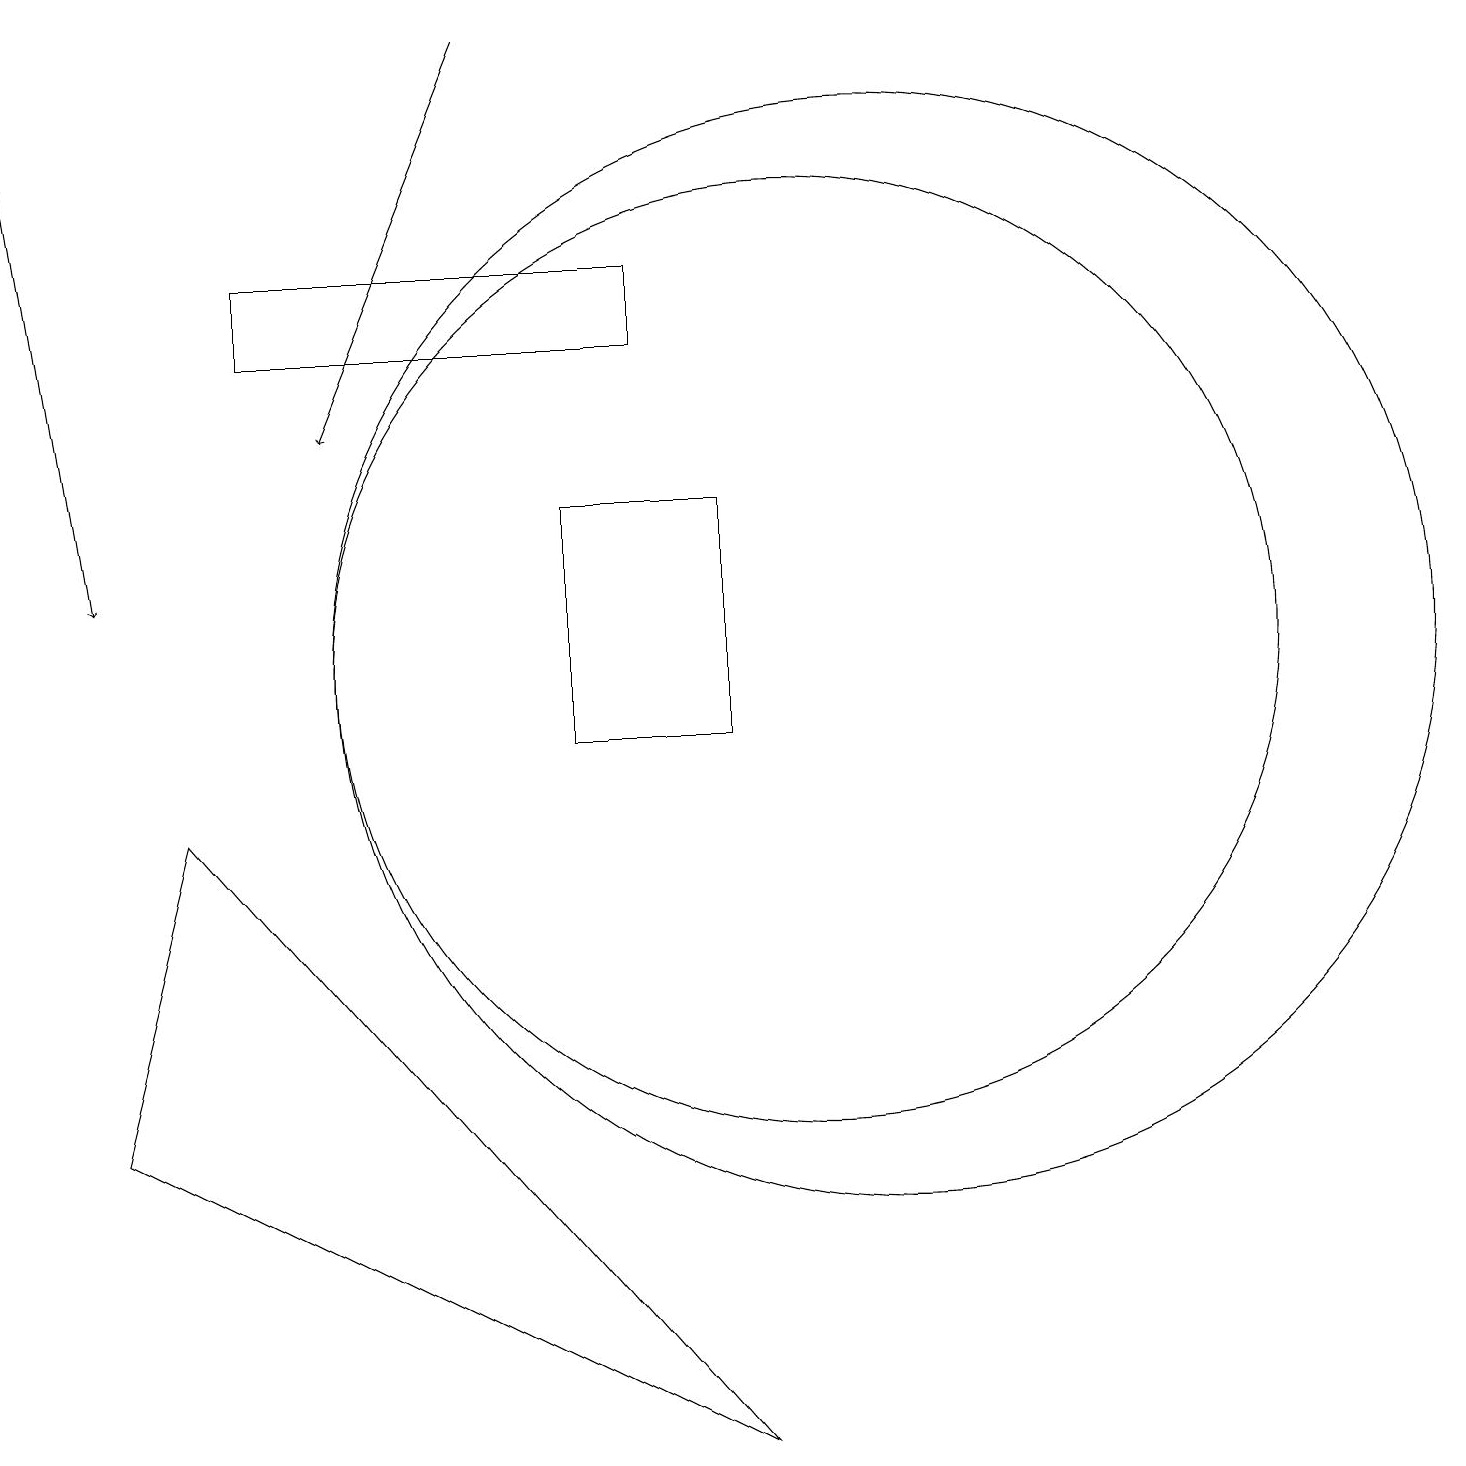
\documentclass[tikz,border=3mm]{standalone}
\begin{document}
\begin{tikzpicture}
\draw (3,15) rectangle (8,16);
\draw[->] (6,19) -- (4,14);
\draw (10,11) circle (6);
\draw (11,11) circle (7);
\draw (1,5) -- (2,9) -- (9,1) -- cycle;
\draw[->] (0,18) -- (1,12);
\draw (9,13) rectangle (7,10);
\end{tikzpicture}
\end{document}